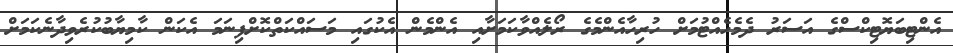
އެންޓިބަޔޮޓިކްސްގެ އަސަރު ދެމެހެއްޓުމަށް ހުރިހާއެންމެގެ ރޯލެއްވާކަމަށާއި އެންމެން އެކުގައި މަސައްކަތްކޮށްފިނަމަ އެކަން ކާމިޔާބުކުރެވިދާނެކަމަށް